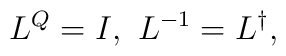
L^Q = I , \, \, L^{-1} = L^{\dagger},